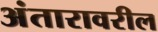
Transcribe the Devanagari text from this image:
अंतारावरील